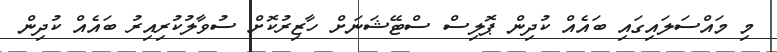
މި މައްސަލައިގައި ބައެއް ކުދިން ޕޮލިސް ސްޓޭޝަނަށް ހާޒިރުކޮށް ސުވާލުކުރިއިރު ބައެއް ކުދިން